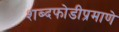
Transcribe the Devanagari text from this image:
शब्दफोडीप्रमाणे